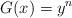
LaTeX: \begin{align*}G(x)=y^{n}\end{align*}